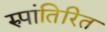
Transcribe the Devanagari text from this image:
रुपांतिरित